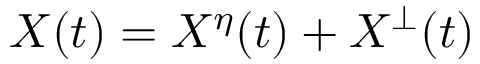
X ( t ) = X ^ { \eta } ( t ) + X ^ { \bot } ( t )